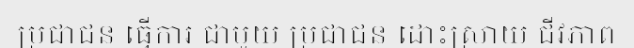
ប្រជាជន ធ្វើការ ជាមួយ ប្រជាជន ដោះស្រាយ ជីវភាព